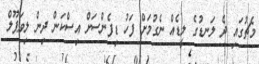
މެޗުގައި ދެ ލަނޑުގެ ލީޑެއް ނެގުމަށް ފަހު ޑިފެންސަށް އިސްކަން ދިން ލިވަޕޫލް